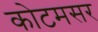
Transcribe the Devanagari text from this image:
कोटमसर